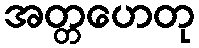
အတ္တဟေတု